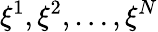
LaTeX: \xi^{1},\xi^{2},\dots,\xi^{N}